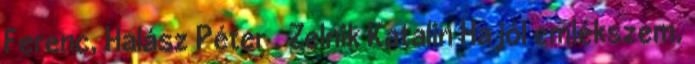
Ferenc, Halász Péter , Zelnik Katalin Ha jól emlékszem,